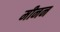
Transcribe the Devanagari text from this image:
मीनन